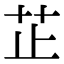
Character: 芷